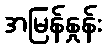
အမြန်နှုန်း